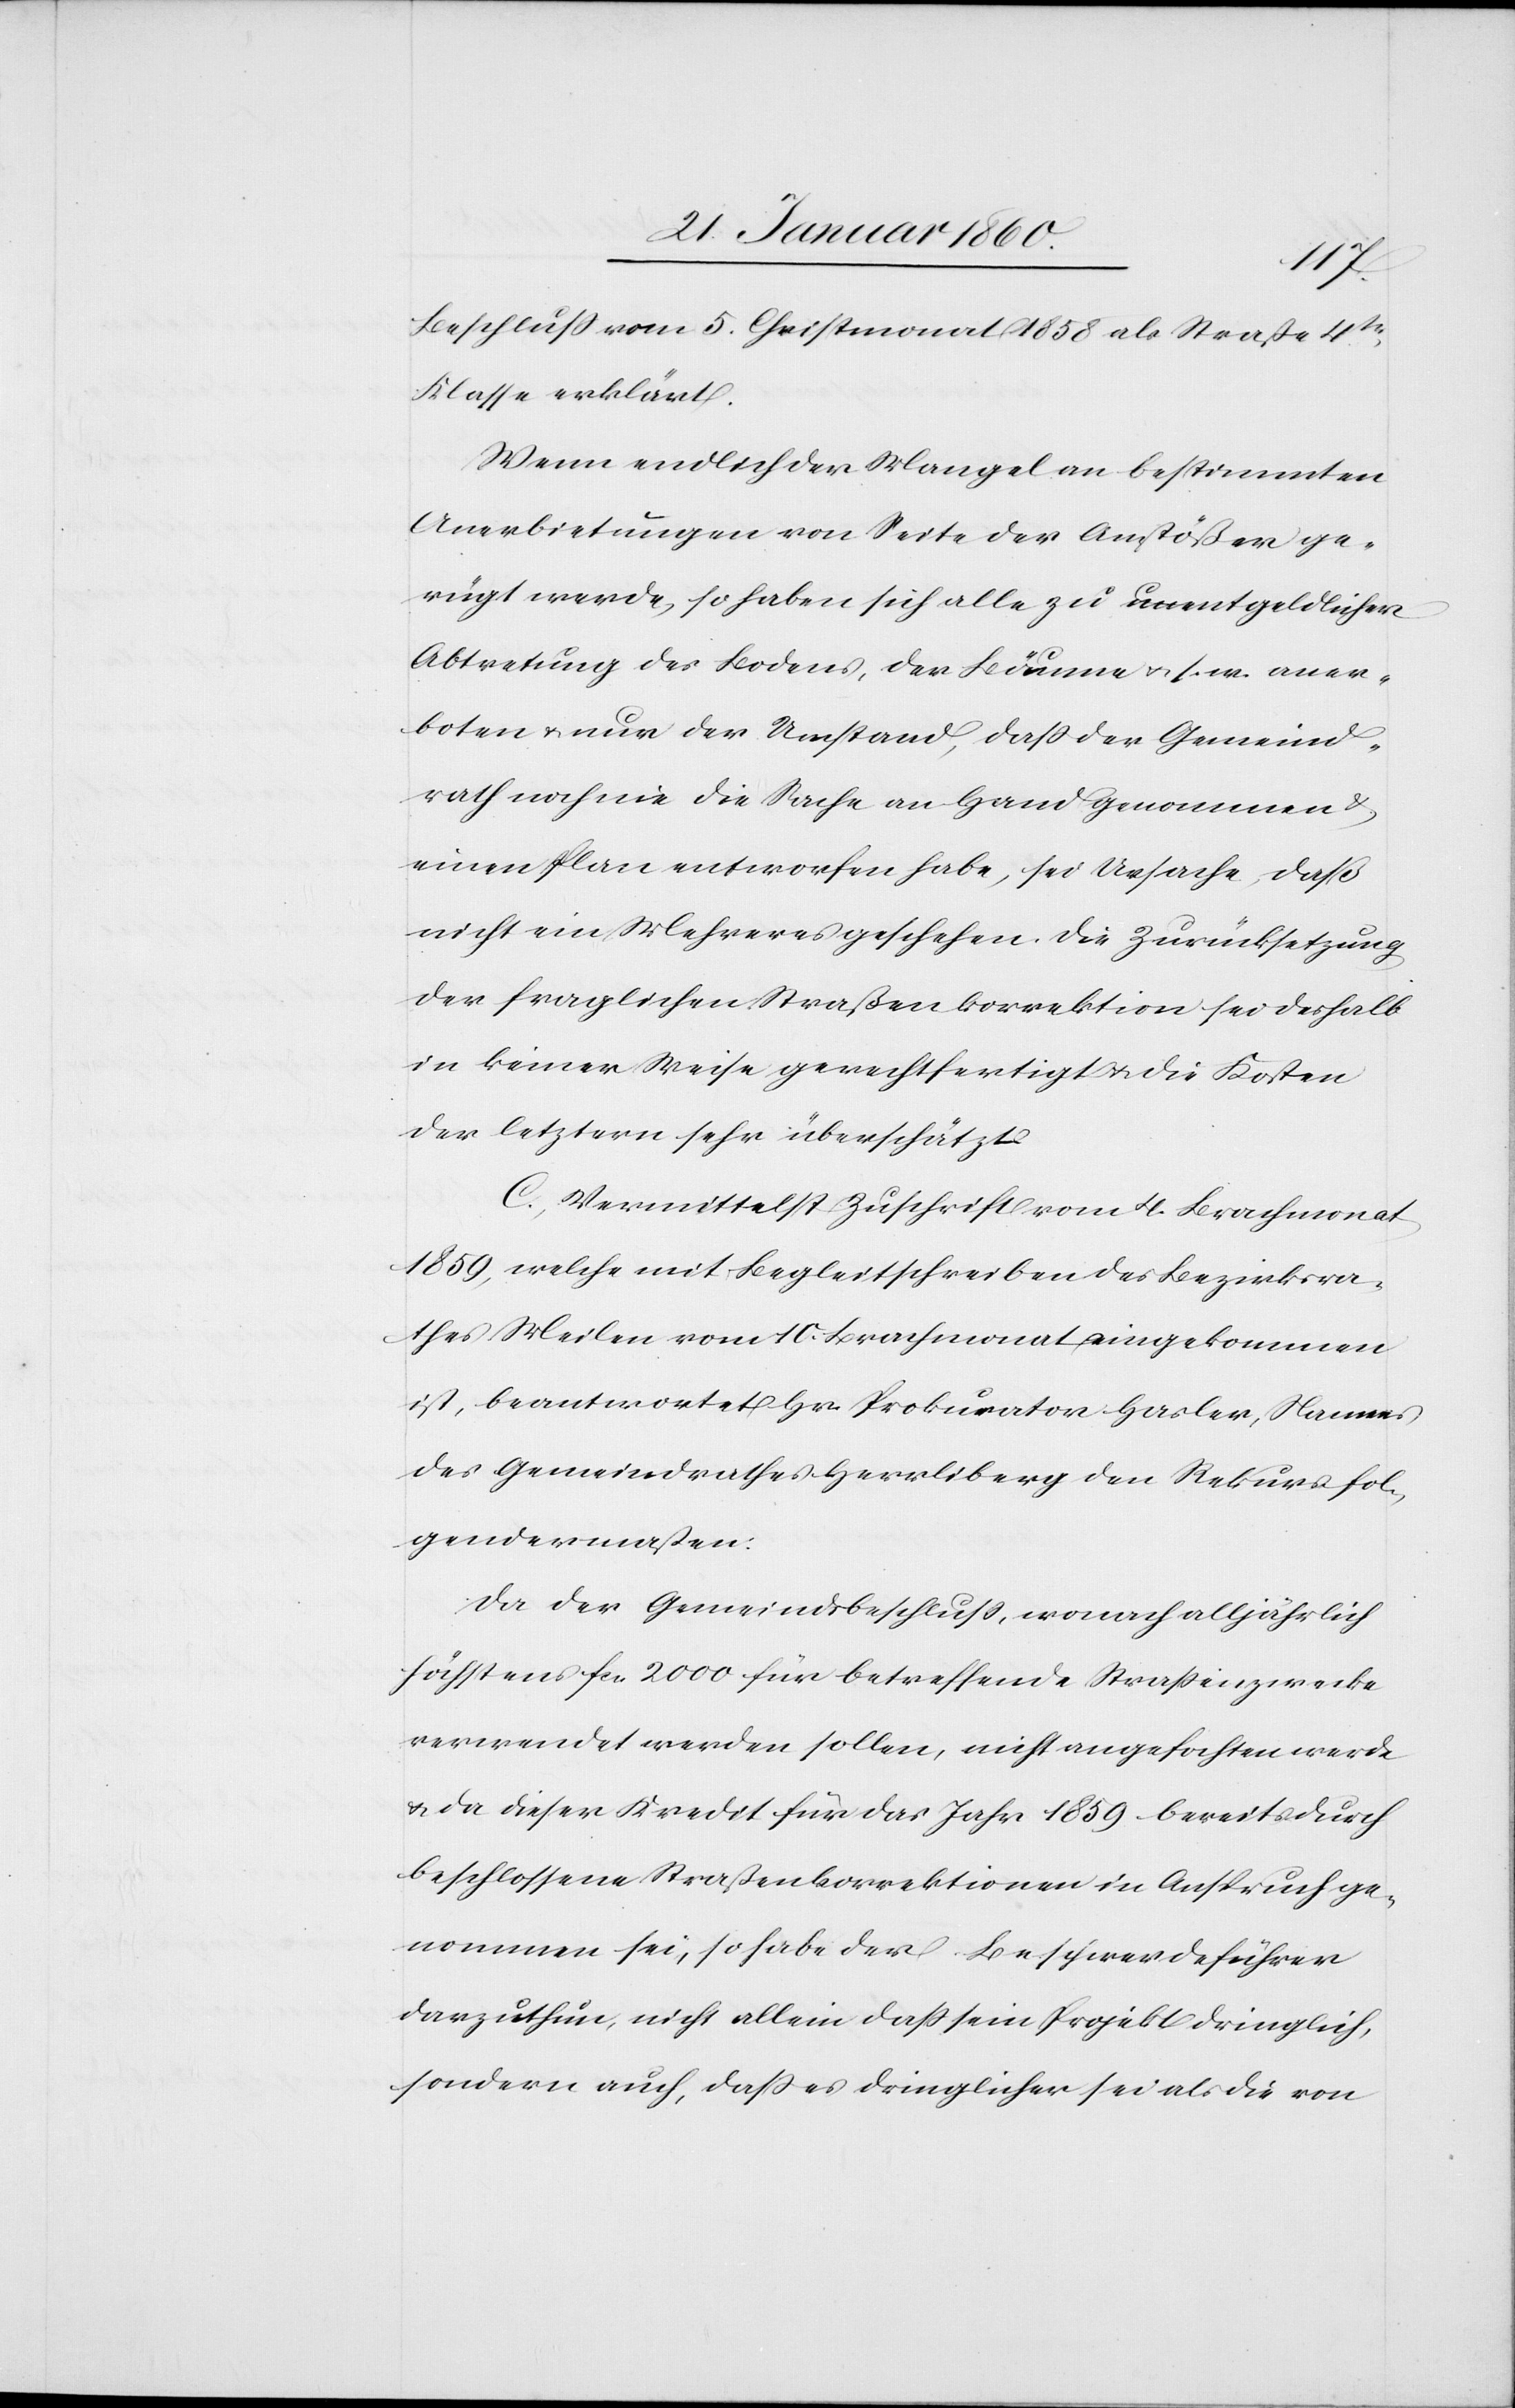
Beschluss vom 5. Christmonat 1858 als Strasse 4tr
Klasse erklärt.
Wenn endlich der Mangel an bestimmten
Anerbietungen von Seite der Anstößer ge¬
rügt werde, so haben sich alle zu unentgeldlicher
Abtretung des Bodens, der Bäume u. s. w. aner¬
boten u. nur der Umstand, dass der Gemeind¬
rath noch nie die Sache an Hand genommen u.
einen Plan entworfen habe, sei Ursache, daß
nicht ein Mehreres geschehen. Die Zurücksetzung
der fraglichen Straßenkorrektion sei deshalb
in keiner Weise gerechtfertigt u. die Kosten
der letztern sehr überschätzt.
C. Vermittelst Zuschrift vom 4. Brachmonat
1859, welche mit Begleitschreiben des Bezirksra¬
thes Meilen vom 10. Brachmonat eingekommen
ist, beantwortet Hr. Prokurator Hasler, Namens
des Gemeindrathes Herrliberg den Rekurs fol¬
gendermassen:
Da der Gemeindsbeschluß, wonach alljährlich
höchstens fcs. 2000. für betreffende Strassenzwecke
verwendet werden sollen, nicht angefochten werde
u. da dieser Kredit für das Jahr 1859 bereits durch
beschlossene Strassenkorrektionen in Anspruch ge¬
nommen sei, so habe der Beschwerdeführer
darzuthun, nicht allein dass sein Projekt dringlich,
sondern auch, dass es dringlicher sei als die von